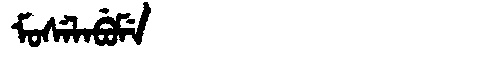
Manchu: ᠮᠣᠰᡝᠯᠠᠪᡠᠮᡝ
Romanization: MOSELABUME